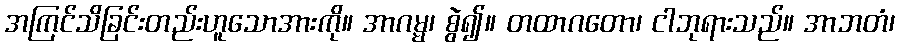
အကြင်သိခြင်းတည်းဟူသောအားကို။ အာဂမ္မ၊ စွဲ၍။ တထာဂတော၊ ငါဘုရားသည်။ အာဘတံ၊